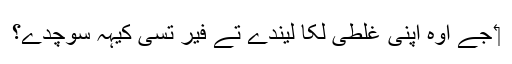
‏ جے اوہ اپنی غلطی لکا لیندے تے فیر تُسی کیہہ سوچدے؟